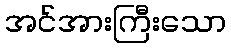
အင်အားကြီးသော